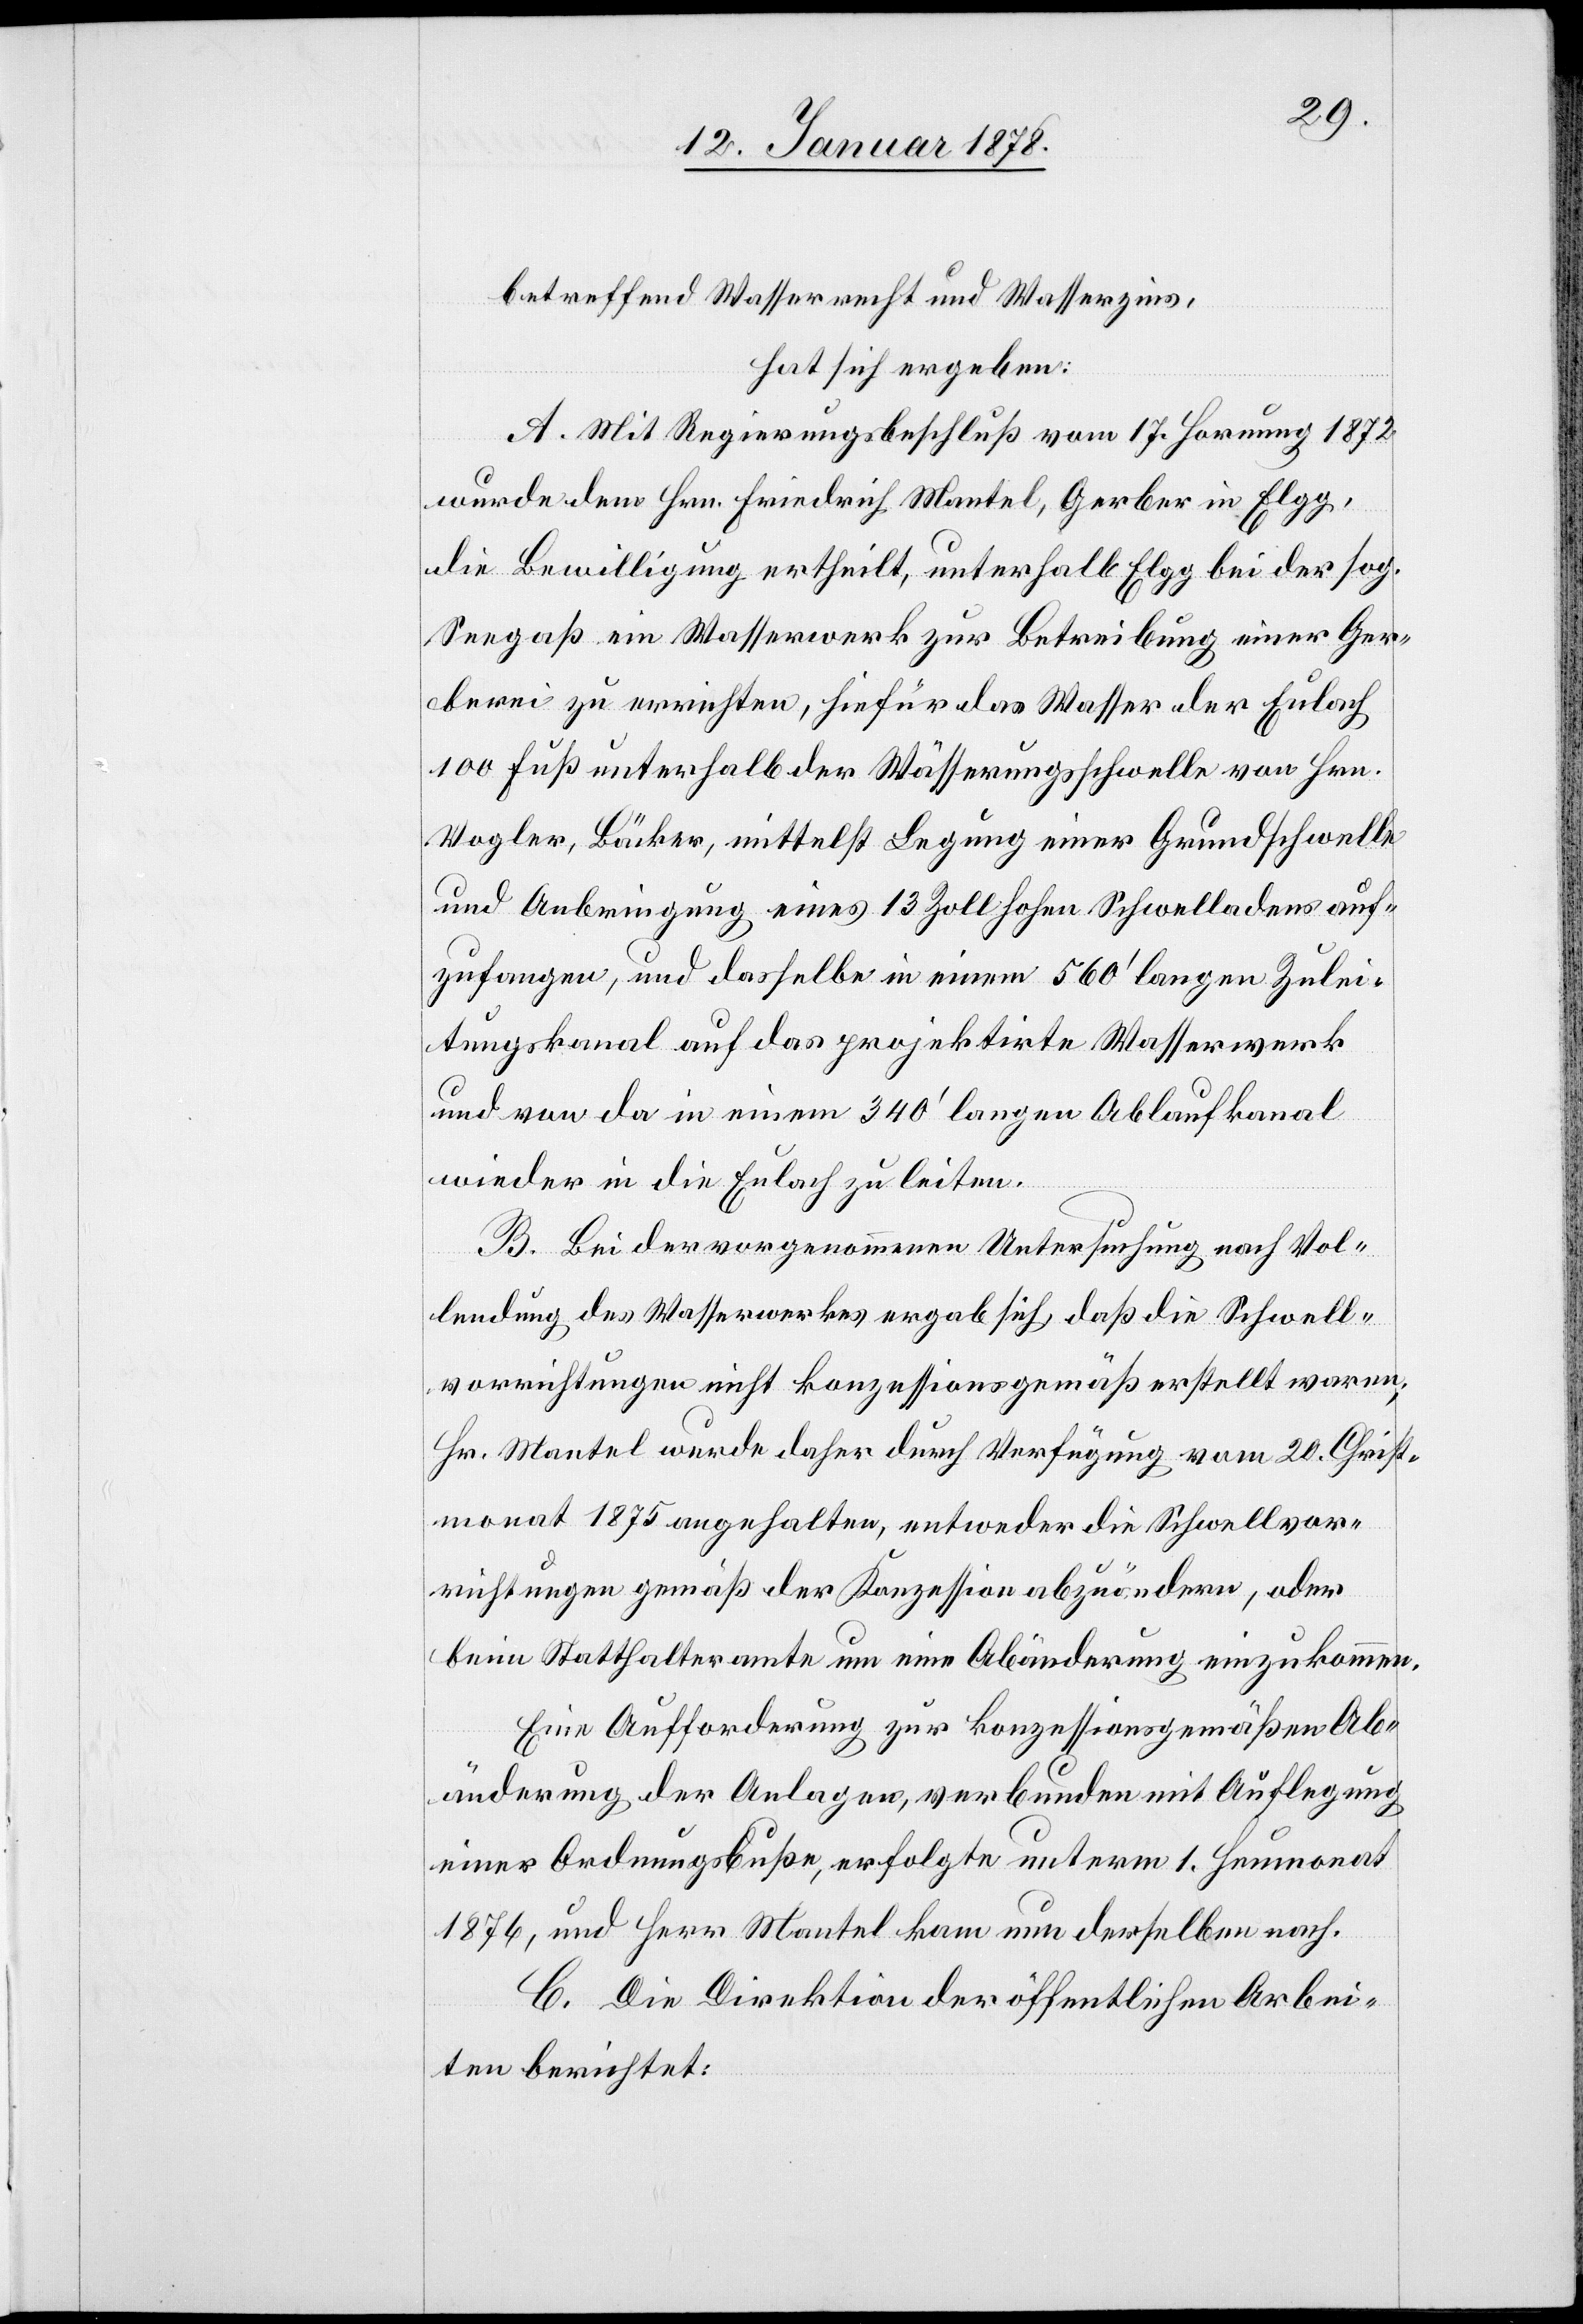
betreffend Wasserrecht und Wasserzins,
hat sich ergeben:
A. Mit Regierungsbeschluß vom 17. Hornung 1872,
wurde dem Hrn. Friedrich Mantel, Gerber in Elgg,
die Bewilligung ertheilt, unterhalb Elgg bei der sog.
Seegaß ein Wasserwerk zur Betreibung einer Ger¬
berei zu errichten, hiefür das Wasser der Eulach
100 Fuß unterhalb der Wässerungsschwelle von Hrn.
Vogler, Bäcker, mittelst Legung einer Grundschwelle
und Anbringung eines 13 Zoll hohen Schwelladens auf¬
zufangen, und dasselbe in einem 560’ langen Zulei¬
tungskanal auf das projektirte Wasserwerk
und von da in einem 340’ langen Ablaufkanal
wieder in die Eulach zu leiten.
B. Bei der vorgenommenen Untersuchung nach Vol¬
lendung des Wasserwerkes ergab sich, daß die Schwell¬
vorrichtungen nicht konzessionsgemäß erstellt waren;
Hr. Mantel wurde daher durch Verfügung vom 20. Christ¬
monat 1875 angehalten, entweder die Schwellvor¬
richtungen gemäß der Konzession abzuändern, oder
beim Statthalteramte um eine Abänderung einzukommen.
Eine Aufforderung zur konzessionsgemäßen Ab¬
änderung der Anlagen, verbunden mit Auflegung
einer Ordnungsbuße, erfolgte unterm 1. Heumonat
1876, und Herr Mantel kam nun derselben nach.
C. Die Direktion der öffentlichen Arbei¬
ten berichtet: